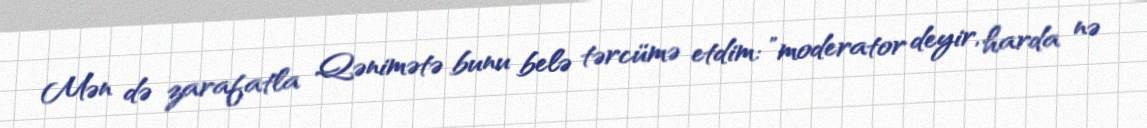
Mən də zarafatla Qənimətə bunu belə tərcümə etdim: ”moderator deyir, harda nə